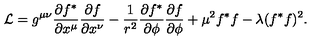
{ \cal L } = g ^ { \mu \nu } \frac { \partial f ^ { * } } { \partial x ^ { \mu } } \frac { \partial f } { \partial x ^ { \nu } } - \frac { 1 } { r ^ { 2 } } \frac { \partial f ^ { * } } { \partial \phi } \frac { \partial f } { \partial \phi } + \mu ^ { 2 } f ^ { * } f - \lambda ( f ^ { * } f ) ^ { 2 } .